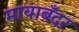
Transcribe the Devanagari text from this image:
मायाबँदर